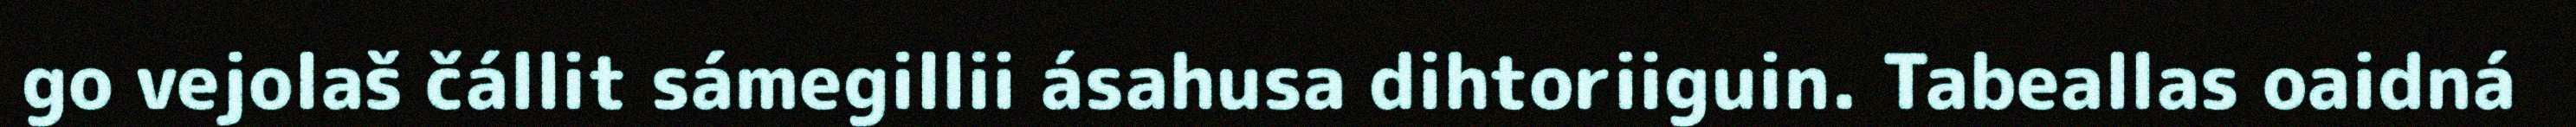
go vejolaš čállit sámegillii ásahusa dihtoriiguin. Tabeallas oaidná